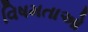
વિષમતાઓ